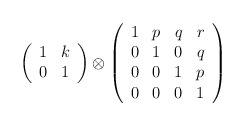
\begin{align*}\left(\begin{array}{cc}1 & k \\0 & 1 \\\end{array}\right ) \otimes \left(\begin{array}{cccc}1 & p & q & r \\0 & 1 & 0 & q \\0 & 0 & 1 & p \\0 & 0 & 0 & 1 \\\end{array}\right )\end{align*}